Some observations on the poison of Russell's viper (Daboia russellii) - Number 3
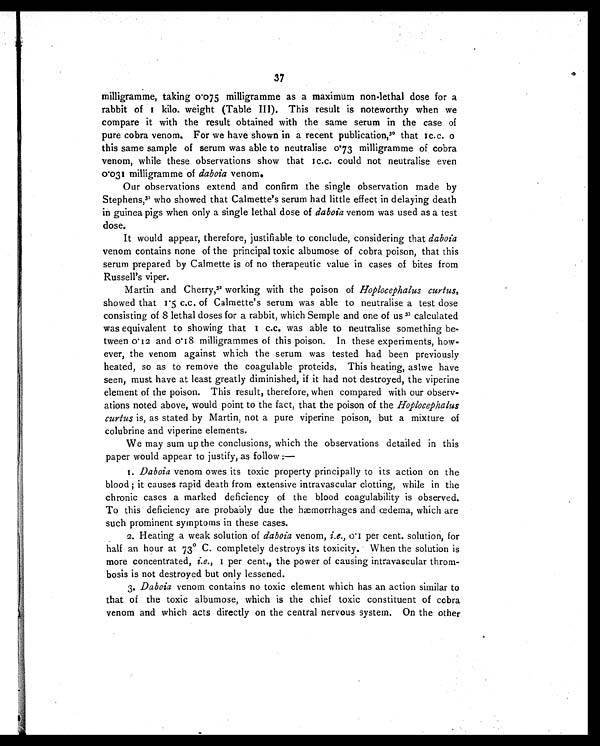
37
milligramme, taking 0.075 milligramme as a maximum non-lethal dose for a
r a b b i t o f 1 k i l o . we i g h t ( T a b l e I I I ) . T h i s r e s u l t i s n o t e wo r t h y wh e n we
compare it with the result obtained with the same serum in the case of
pure cobra venom. For we have shown in a recent publication, 30t h a t 1 c . c . 0
this same sample of serum was able to neutralise 0.73 milligramme of cobra
venom, while these observations show that 1c.c. could not neutralise even
0.031 milligramme of daboia venom.
Our observations extend and confirm the single observation made by
Stephens,3 1
w h o s h o w e d t h a t C a l m e t t e ' s s e r u m h a d l i t t l e e f f e c t i n d e l a y i n g d e a t h
in guinea pigs when only a single lethal dose of daboia venom was used as a test
dose.
It would appear, therefore, justifiable to conclude, considering that daboia
venom contains none of the principal toxic albumose of cobra poison, that this
serum prepared by Calmette is of no therapeutic value in cases of bites from
Russell's viper.
Martin and Cherry,3 2
w o r k i n g w i t h t h e p o i s o n o fH
o p l o c e p h a l u s c u r t u s ,
showed that 1.5 c.c. of Calmette's serum was able to neutralise a test dose
consisting of 8 lethal doses for a rabbit, which Semple and one of us 33 calculated
was equivalent to showing that 1 c.c. was able to neutralise something be-
tween 0.12 and 0.18 milligrammes of this poison. In these experiments, how-
ever, the venom against which the serum was tested had been previously
heated, so as to remove the coagulable proteids. This heating, aslwe have
seen, must have at least greatly diminished, if it had not destroyed, the viperine
element of the poison. This result, therefore, when compared with our observ-
ations noted above, would point to the fact, that the poison of the Hoplocephalus
curtus is, as stated by Martin, not a pure viperine poison, but a mixture of
colubrine and viperine elements.
We may sum up the conclusions, which the observations detailed in this
paper would appear to justify, as follow :
—
1. Daboia venom owes its toxic property principally to its action on the
blood; it causes rapid death from extensive intravascular clotting, while in the
chronic cases a marked deficiency of the blood coagulability is observed.
To this deficiency are probably due the hæmorrhages and œdema, which are
such prominent symptoms in these cases.
2. Heating a weak solution of daboia venom, i.e., 0.1 per cent. solution, for
half an hour at 73°C. completely destroys its toxicity. When the solution is
more concentrated, i.e., 1 per cent., the power of causing intravascular throm-
bosis is not destroyed but only lessened.
3. Daboia venom contains no toxic element which has an action similar to
that of the toxic albumose, which is the chief toxic constituent of cobra
venom and which acts directly on the central nervous system. On the other